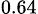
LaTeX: _{0.64}